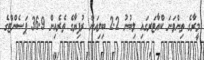
މީރާގެ ތިންވަނަ ކްއާޓަރގައި ލިބުނު 2.2 ބިލިއަން ރުފިޔާގެ ތެރެއިން 36.9 ޕަސެންޓްގެ